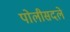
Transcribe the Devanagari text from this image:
पोलीसदले